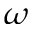
\omega